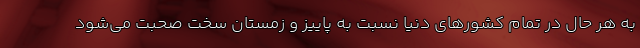
به هر حال در تمام کشورهای دنیا نسبت به پاییز و زمستان سخت صحبت می‌شود